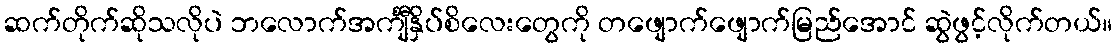
ဆက်တိုက်ဆိုသလိုပဲ ဘလောက်အင်္ကျီနှိပ်စိလေးတွေကို တဖျောက်ဖျောက်မြည်အောင် ဆွဲဖွင့်လိုက်တယ်။